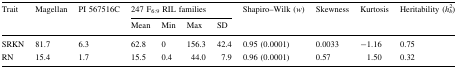
<table><thead><tr><td rowspan="2"><b>Trait</b></td><td rowspan="2"><b>Magellan</b></td><td rowspan="2"><b>PI 567516C</b></td><td colspan="4"><b>247 F<sub>6:9</sub> RIL families</b></td><td rowspan="2"><b>Shapiro–Wilk (<i>w</i>)</b></td><td rowspan="2"><b>Skewness</b></td><td rowspan="2"><b>Kurtosis</b></td><td rowspan="2"><b>Heritability (<i>h</i><sub><i>b</i></sub><sup>2</sup>)</b></td></tr><tr><td><b>Mean</b></td><td><b>Min</b></td><td><b>Max</b></td><td><b>SD</b></td></tr></thead><tbody><tr><td>SRKN</td><td>81.7</td><td>6.3</td><td>62.8</td><td>0</td><td>156.3</td><td>42.4</td><td>0.95 (0.0001)</td><td>0.0033</td><td>−1.16</td><td>0.75</td></tr><tr><td>RN</td><td>15.4</td><td>1.7</td><td>15.5</td><td>0.4</td><td>44.0</td><td>7.9</td><td>0.96 (0.0001)</td><td>0.57</td><td>1.50</td><td>0.32</td></tr></tbody></table>